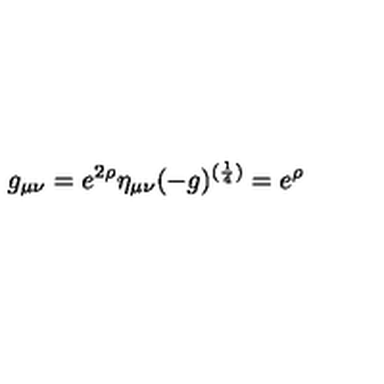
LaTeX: g _ { \mu \nu } = e ^ { 2 \rho } \eta _ { \mu \nu } ( - g ) ^ { ( { \frac { 1 } { 4 } } ) } = e ^ { \rho }